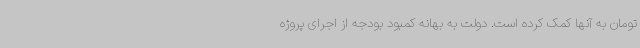
تومان به آنها کمک کرده است. دولت به بهانه کمبود بودجه از اجرای پروژه